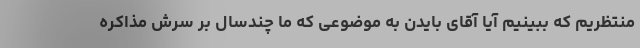
منتظریم که ببینیم آیا آقای بایدن به موضوعی که ما چندسال بر سرش مذاکره